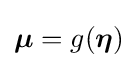
{\boldsymbol {\mu }}=g({\boldsymbol {\eta }})